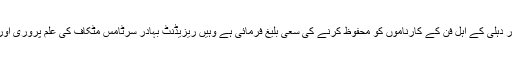
آثار الصنادید میں جہاں سید احمد خاں نے اپنے اسلاف کے کارناموں کو اور دہلی کے اہل فن کے کارناموں کو محفوظ کرنے کی سعی بلیغ فرمائی ہے وہیں ریزیڈنٹ بہادر سرٹامس مٹکاف کی علم پروری اور قدر دانی کی تعریف و توصیف میں 78 اشعار کی مثنوی بھی لکھی ہے ۔